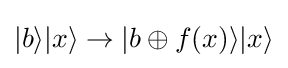
|b\rangle |x\rangle \to |b\oplus f(x)\rangle |x\rangle